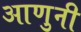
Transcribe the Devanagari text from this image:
आणुनी